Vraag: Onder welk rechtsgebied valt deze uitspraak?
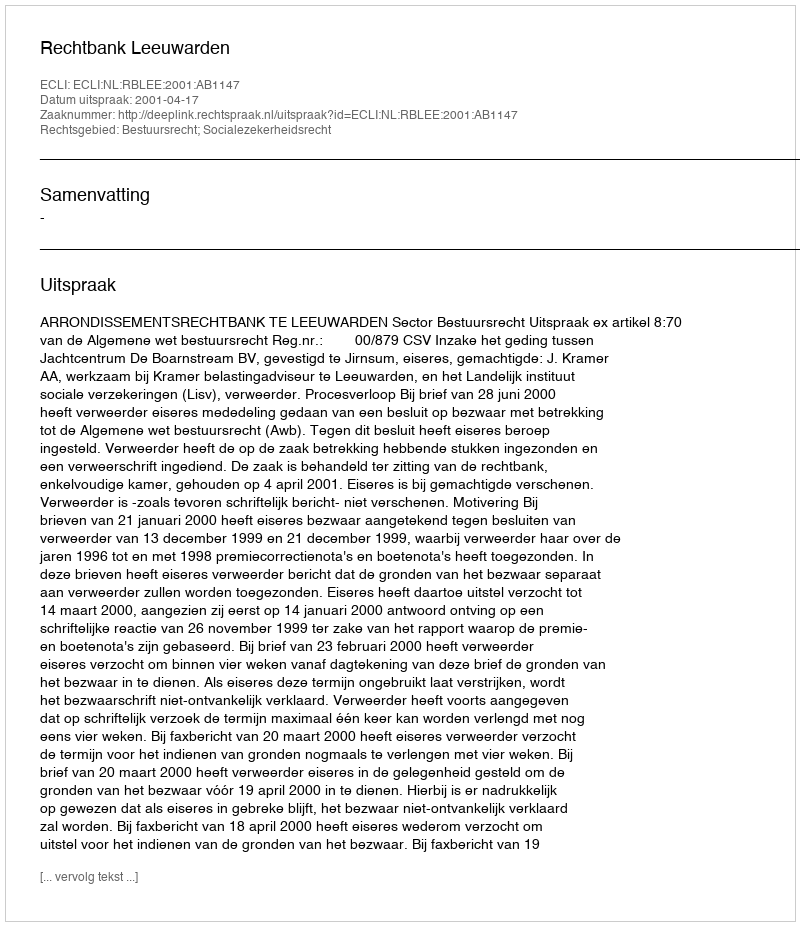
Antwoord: Bestuursrecht; Socialezekerheidsrecht